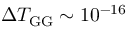
\Delta T _ { \mathrm { G G } } \sim 1 0 ^ { - 1 6 }